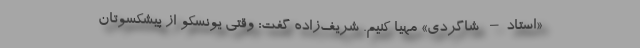
«استاد– شاگردی» مهیا کنیم. شریف‌زاده گفت: وقتی یونسکو از پیشکسوتان